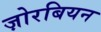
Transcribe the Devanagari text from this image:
ज़ोरबियन